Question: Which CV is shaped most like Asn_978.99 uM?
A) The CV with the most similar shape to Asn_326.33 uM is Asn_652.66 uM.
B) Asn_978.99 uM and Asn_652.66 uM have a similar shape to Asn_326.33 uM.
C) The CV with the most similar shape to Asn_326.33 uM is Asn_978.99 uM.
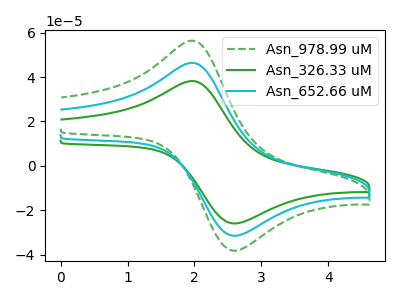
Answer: <think>The green dashed curve "Asn_978.99 uM" has an anodic peak at (2.00V, 92.20uA) and a cathodic peak at (2.65V, -62.70uA). The green curve "Asn_326.33 uM" has an anodic peak at (2.00V, 37.95uA) and a cathodic peak at (2.65V, -25.80uA). The cyan curve "Asn_652.66 uM" has an anodic peak at (2.00V, 46.10uA) and a cathodic peak at (2.65V, -31.35uA).
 All the peaks in "Asn_978.99 uM" have a peak in "Asn_326.33 uM" at the same potential. Every peak in "Asn_978.99 uM" is higher than every peak in "Asn_326.33 uM". All the peaks in "Asn_978.99 uM" have a peak in "Asn_652.66 uM" at the same potential. Every peak in "Asn_978.99 uM" is higher than every peak in "Asn_652.66 uM". All the peaks in "Asn_326.33 uM" have a peak in "Asn_652.66 uM" at the same potential. Every peak in "Asn_326.33 uM" is lower than every peak in "Asn_652.66 uM".</think>
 <answer>B) "Asn_978.99 uM" and "Asn_652.66 uM" have a similar shape to "Asn_326.33 uM".</answer>
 <eval>B</eval>